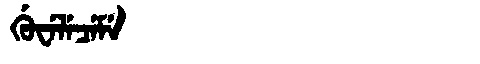
Manchu: ᡤᡠᠸᡝᠯᡝᠴᡝᠮᡝ
Romanization: GUWELECEME